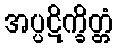
အပ္ပဋိက္ခိတ္တံ